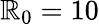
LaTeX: \mathbb{R}_{0}=10